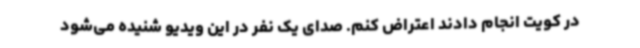
در کویت انجام دادند اعتراض کنم. صدای یک نفر در این ویدیو شنیده می‌شود